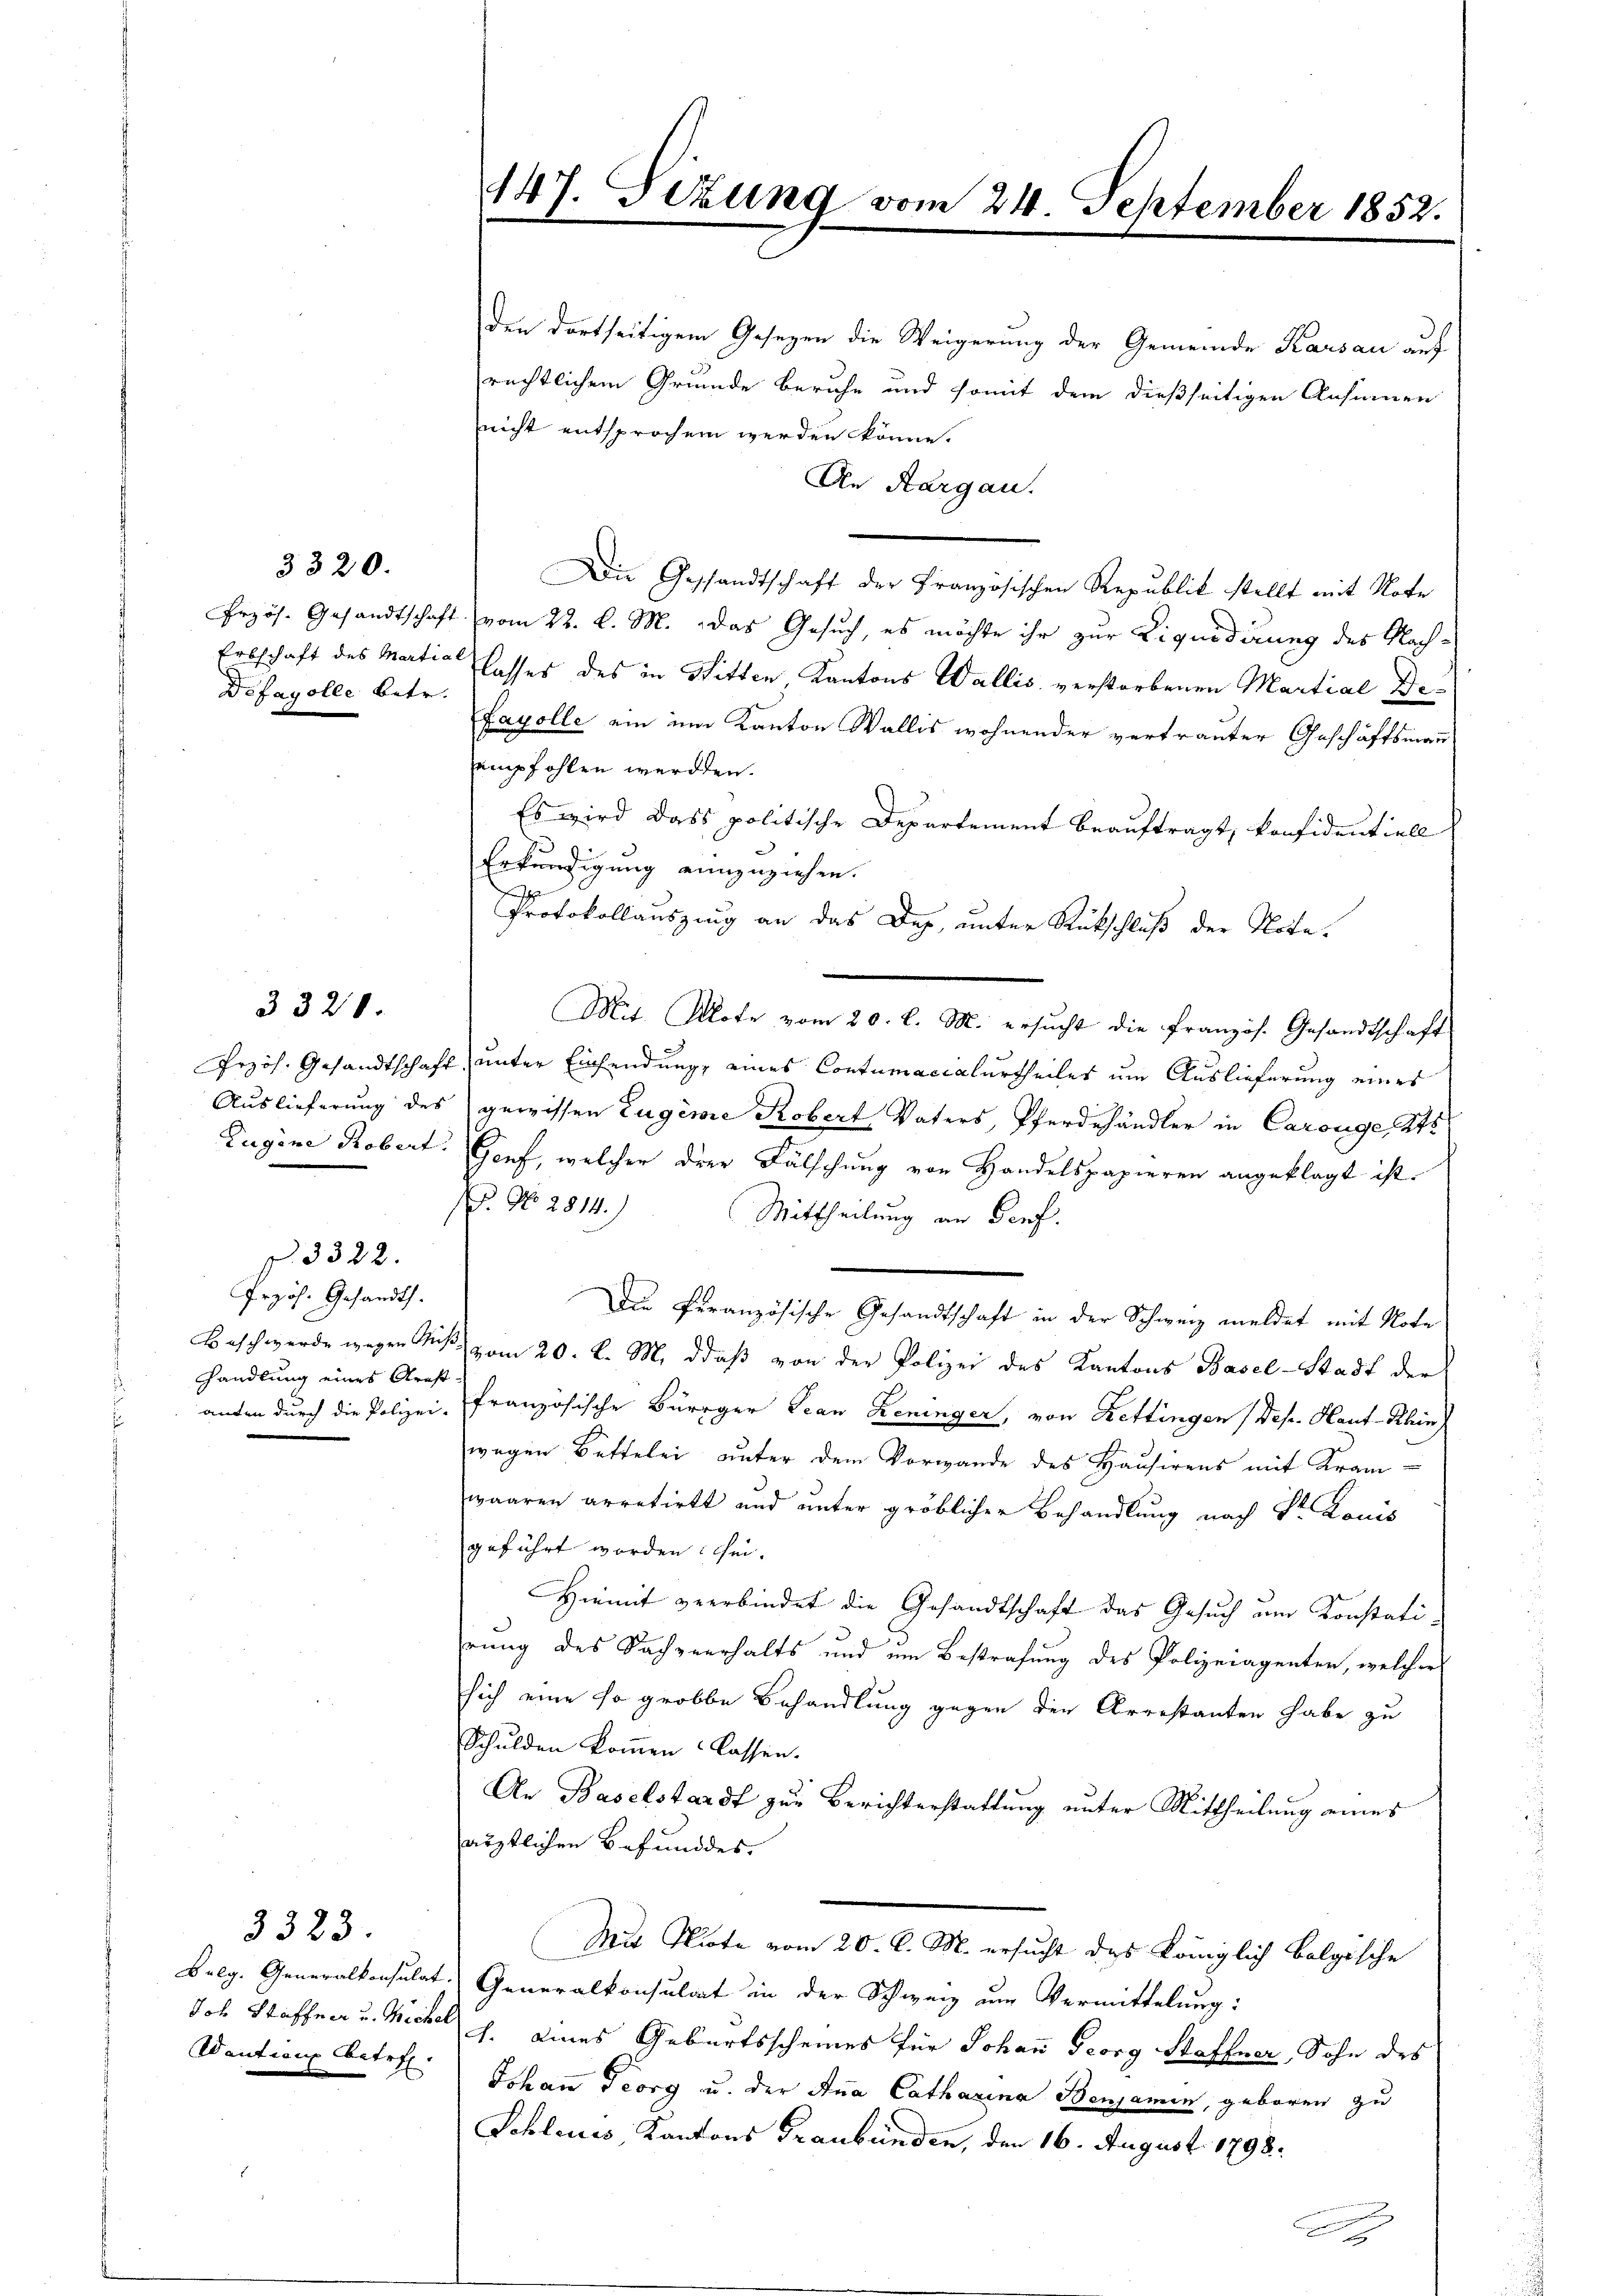
3320.

3323.

3320.

Defagolle betr.

Zugine Robert.

§. 3322.

Przös. Gesandt.
Beschwerde wegen Rich
handlung eines Groß
anten durch die Polizei-

Bolg. Generalkonsulat.
Wantian Betr

147. Sezung vom 24. September 1852.

den dortseitigem Gesetzen die Weigerung der Gemeinde Kausau auf
rechtlichem Grunde beruhe und somit dem dießseitigen Ansinnen
nicht entsprochen werden könne.
An Aargau.
Die Gesandtschaft der Französischen Republik stellt mit Note
Przös. Gesandtschaft vom 22. d. M. das Gesuch, es möchte ihr zur Liquidirung des Nach¬
Erbschaft des Martie Wasser des in Sitten Kantons Wallis verstorbenen Martial De¬
Favolle ein im Kanton Wallis wohnender vertrauter Geschäftsmann
empfohlen werden.
Es wird dass politische Departement beauftragt, konfidentiell
Erkundigung einzuziehen.
Protokollauszung an das Des, unter Rückschluß der Note.
Mit Klote vom 20. l. M. ersŭcht die französ. Gesandtschaft
Przös. Gesandtschaft, unter Einsendung, eines Contumacialurtheiles um Auslieferung eines
Auslieferung des gewissen Zugime Robert Vaters, Pferdehändler in Carouge, Kts
Genf, welcher die Fälschung von Handelspapieren angeklagt ist.
F. No 2814.)
Mittheilung an Genf.
Die feranzösische Gesandtschaft in der Schweiz meldet mit Note
1 vom 20. d. M. daß von der Polizei des Kantons Basel-Stadt der
französische Bürger Jean Reninger, von Rettingen (Dep. Haut-Rhin
wegen Bettelei unter dem Vorwande des Hausirens mit Kramwaaren arretirt und unter gröblicher Behandlung nach Dr Louis
geführt worden: sei.
Hiemit verbindet die Gesandtschaft das Gesuch um Konstati-
rung des Sachverhalts und um Bestrafung des Polizeiagenten, welcher
sich eine so grobbe Behandlung gegen den Arrestanten habe zu
Schulden kommen lassen.
An Baselstandt zur Berichterstattung unter Mittheilung eines
ärztlichen Befunddes.
Mit Note vom 20. d. M. ersucht des Königlich bolgische
Generalkonsulat in der Schweiz am Vermittelung:
Joh Stoffen u. Mich. eines Geburtsscheines für Johann Georg Staffner, Sohn des
Johann Georg u. der Ana Catharina Benjamin, geboren zu
Schleues, Kantons Graubünden, den 16. August 1798.